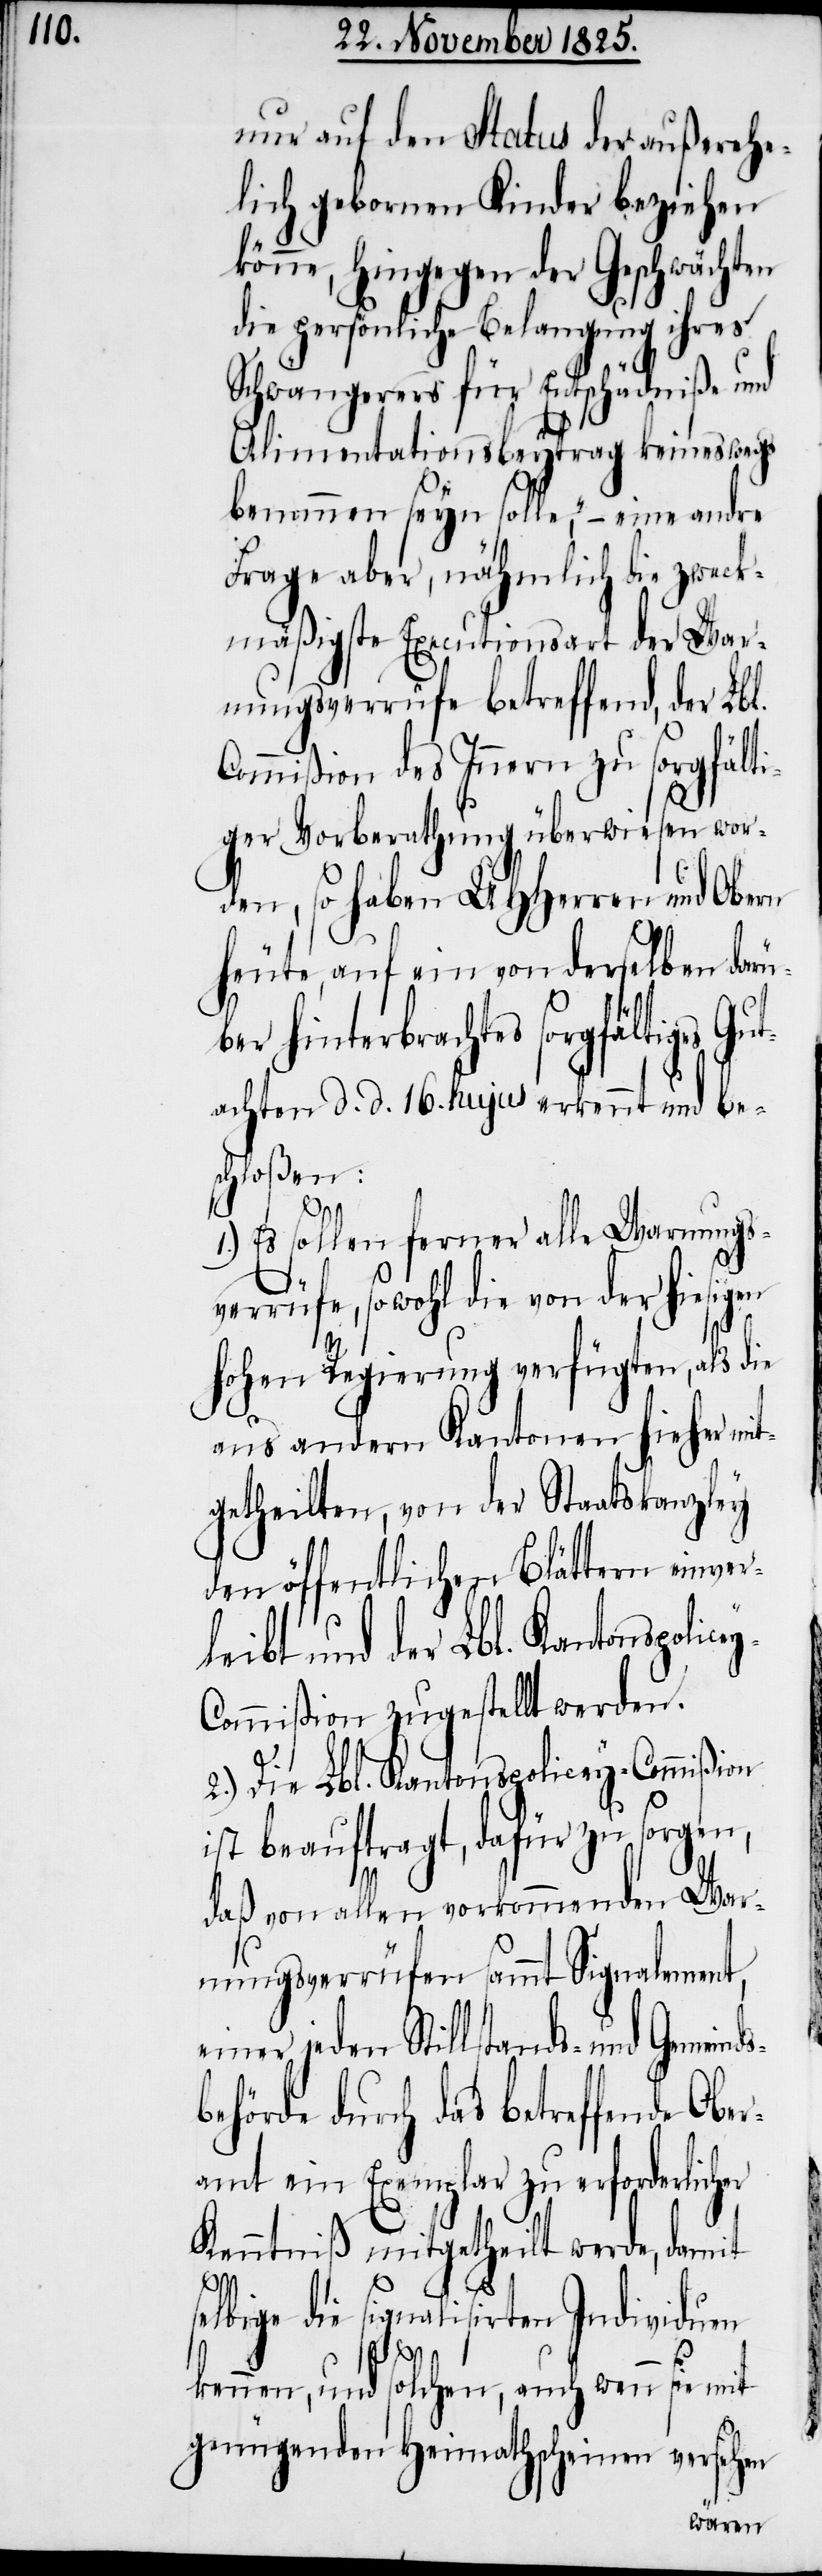
nur auf den Status der außerehe¬
lich gebornen Kinder beziehen
könne, hingegen der Geschwächten
die persönliche Belangung ihres
Schwängerers für Entschädniße und
Alimentationsbeytrag keineswegs
benommen seyn solle,“ – eine andre
Frage aber, nähmlich die zweck¬
mäßigste Executionsart der War¬
nungsverrüfe betreffend, der Lbl.
Commißion des Innern zu sorgfälti¬
ger Vorberathung überwiesen wor¬
den, so haben UHHerren und Obe¬
heute, auf ein von derselben darü¬
ber hinterbrachtes sorgfältiges Gu¬
tachten d. d. 16. hujus erkennt und be¬
schloßen:
1.) Es sollen ferner alle Warnungs¬
verrüfe, sowohl von der hiesigen
hohen Regierung verfügten, als die
aus andern Kantonen hieher mit¬
getheilten, von der Staatskanzley
den öffentlichen Blättern einver¬
leibt und der Lbl. Kantonspolice¬
ommißion zugestellt werden.
rn
2.) Die Lbl. Kantonspolicey-Commißion
ist beauftragt, dafür zu sorgen,
daß von allen vorkommenden War¬
nungsverrüfen sammt Signalement,
einer jeden Stillstands- und Gemeind¬
hörde durch das betreffende Obe¬
ramt ein Exemplar zu erforderlicher
Kenntniß mitgetheilt werde, damit
die signalisirten Individuen
selbige
kennen, und solchen, auch wenn sie mit
genügenden Heimathscheinen versehen